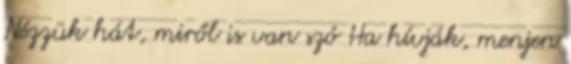
Nézzük hát, miről is van szó Ha hívják, menjen